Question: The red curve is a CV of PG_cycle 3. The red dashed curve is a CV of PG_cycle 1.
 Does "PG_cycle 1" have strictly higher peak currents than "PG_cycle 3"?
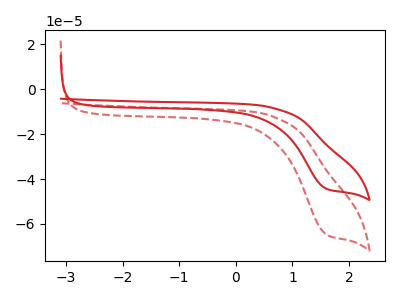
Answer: <think>The red curve "PG_cycle 3" has a cathodic peak at: (1.60V, -44.30uA). The red dashed curve "PG_cycle 1" has a cathodic peak at: (1.60V, -64.65uA).</think>
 <answer>Every peak in "PG_cycle 1" is higher than every peak in "PG_cycle 3".</answer>
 <eval>higher</eval>